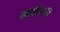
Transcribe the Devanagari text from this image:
माशेन्का